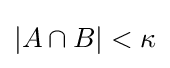
\left|A\cap B\right|<\kappa